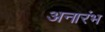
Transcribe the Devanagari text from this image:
अनारंभ